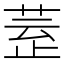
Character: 𣦀